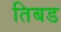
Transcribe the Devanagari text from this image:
तिबड